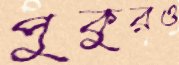
পুকুরও